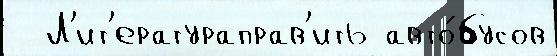
  Л'ит'ератураправ'ить авто́бусов